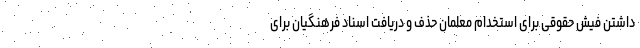
داشتن فیش حقوقی برای استخدام معلمان حذف و دریافت اسناد فرهنگیان برای